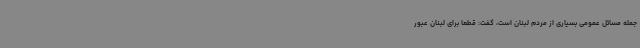
جمله مسائل عمومی بسیاری از مردم لبنان است، گفت: قطعا برای لبنان عبور